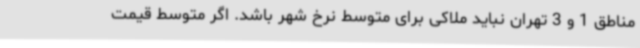
مناطق 1 و 3 تهران نباید ملاکی برای متوسط نرخ شهر باشد. اگر متوسط قیمت